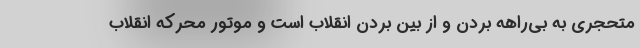
متحجری به بی‌راهه بردن و از بین بردن انقلاب است و موتور محرکه انقلاب